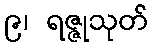
၉၊ ရဇ္ဇုသုတ်